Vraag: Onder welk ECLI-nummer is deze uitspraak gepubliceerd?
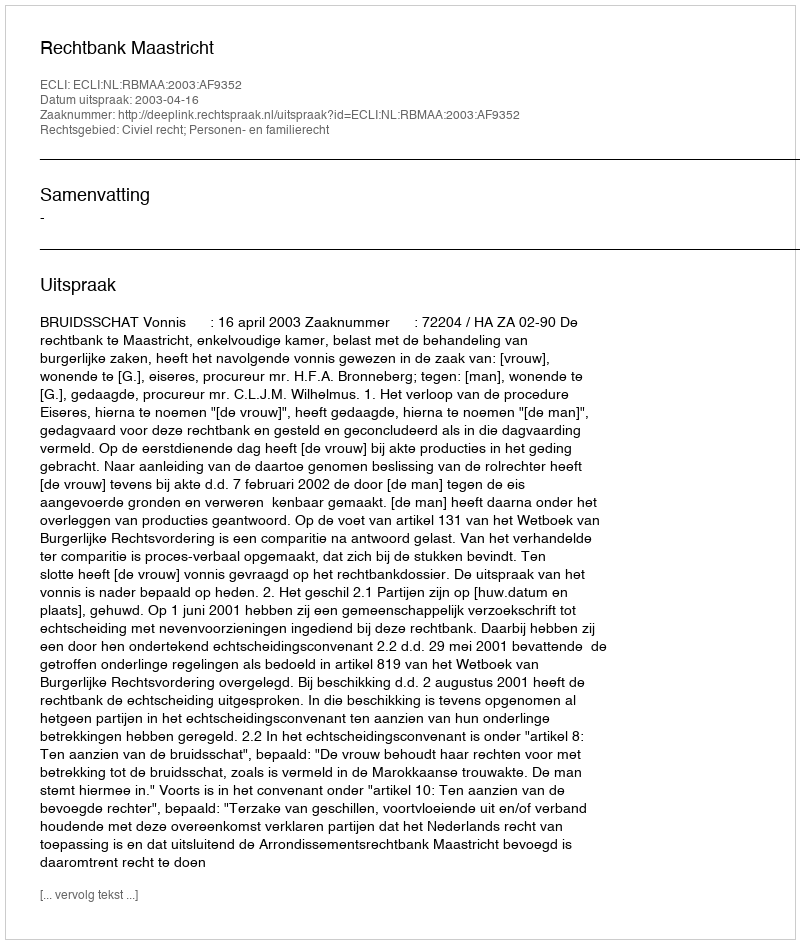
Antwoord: ECLI:NL:RBMAA:2003:AF9352